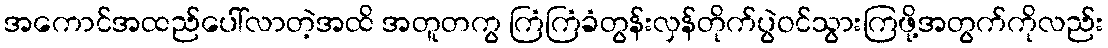
အကောင်အထည်ပေါ်လာတဲ့အထိ အတူတကွ ကြံကြံခံတွန်းလှန်တိုက်ပွဲဝင်သွားကြဖို့အတွက်ကိုလည်း